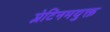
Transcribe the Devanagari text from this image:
प्लेटिनमयुक्त